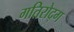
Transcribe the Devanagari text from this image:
गतिरोद्ग